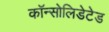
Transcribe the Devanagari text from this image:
कॉन्सोलिडेटेड